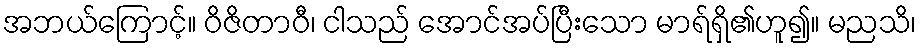
အဘယ်ကြောင့်။ ဝိဇိတာဝီ၊ ငါသည် အောင်အပ်ပြီးသော မာရ်ရှိ၏ဟူ၍။ မညသိ၊